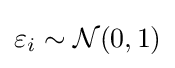
\varepsilon _{i}\sim {\mathcal {N}}(0,1)